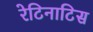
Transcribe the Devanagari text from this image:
रेटिनाटिस